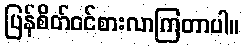
ပြန်စိတ်ဝင်စားလာကြတာပါ။